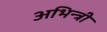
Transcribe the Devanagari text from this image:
अभिन्त्री